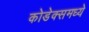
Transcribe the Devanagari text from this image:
कोडेक्समध्ये